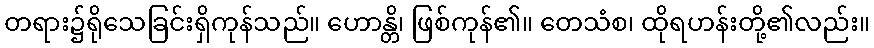
တရား၌ရိုသေခြင်းရှိကုန်သည်။ ဟောန္တိ၊ ဖြစ်ကုန်၏။ တေသံစ၊ ထိုရဟန်းတို့၏လည်း။